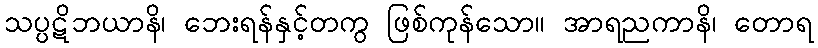
သပ္ပဋိဘယာနိ၊ ဘေးရန်နှင့်တကွ ဖြစ်ကုန်သော။ အာရညကာနိ၊ တောရ